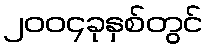
၂၀၀၄ခုနှစ်တွင်